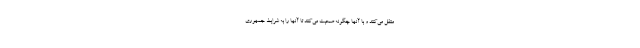
منتقل می‌کنند و با آنها چگونه صحبت می‌کنند تا آنها را به شرایط جمهوری